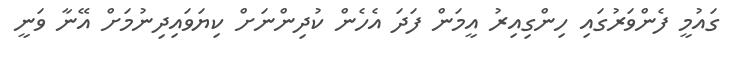
ގައުމީ ފެންވަރުގައި ހިންގިއިރު އީމަން ފަދަ އެހެން ކުދިންނަށް ކިޔަވައިދިނުމަށް އޭނާ ވަނީ